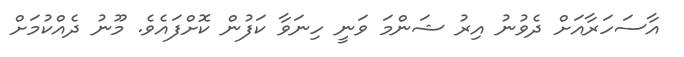
އާސަހަރާއަށް ދެވުނު އިރު ޝަންމަ ވަނީ ހިނަވާ ކަފުން ކޮށްފައެވެ. މޫނު ދެއްކުމަށް